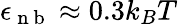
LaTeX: \epsilon_{\mathrm{~n~b~}}\approx 0.3k_{B}T